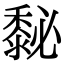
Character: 𪏺